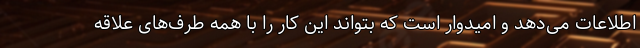
اطلاعات می‌دهد و امیدوار است که بتواند این کار را با همه طرف‌های علاقه